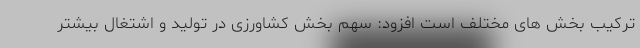
ترکیب بخش های مختلف است افزود: سهم بخش کشاورزی در تولید و اشتغال بیشتر